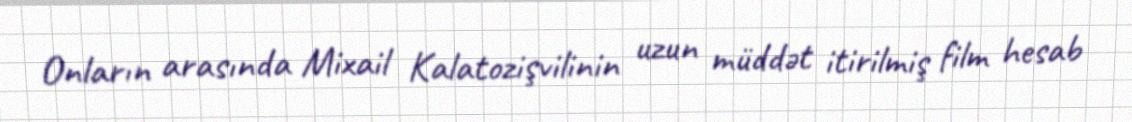
Onların arasında Mixail Kalatozişvilinin uzun müddət itirilmiş film hesab